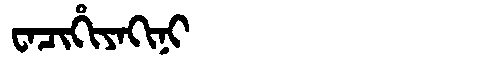
Manchu: ᠸᠠᠴᡳᡥᡳᠶᠠᡴᡳᠨᡳ
Romanization: WACIHIYAKINI